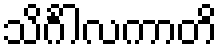
သိင်္ဂါလကာတိ